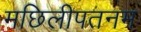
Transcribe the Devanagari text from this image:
मछिलीपतनम